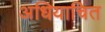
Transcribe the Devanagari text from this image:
अधियाचित